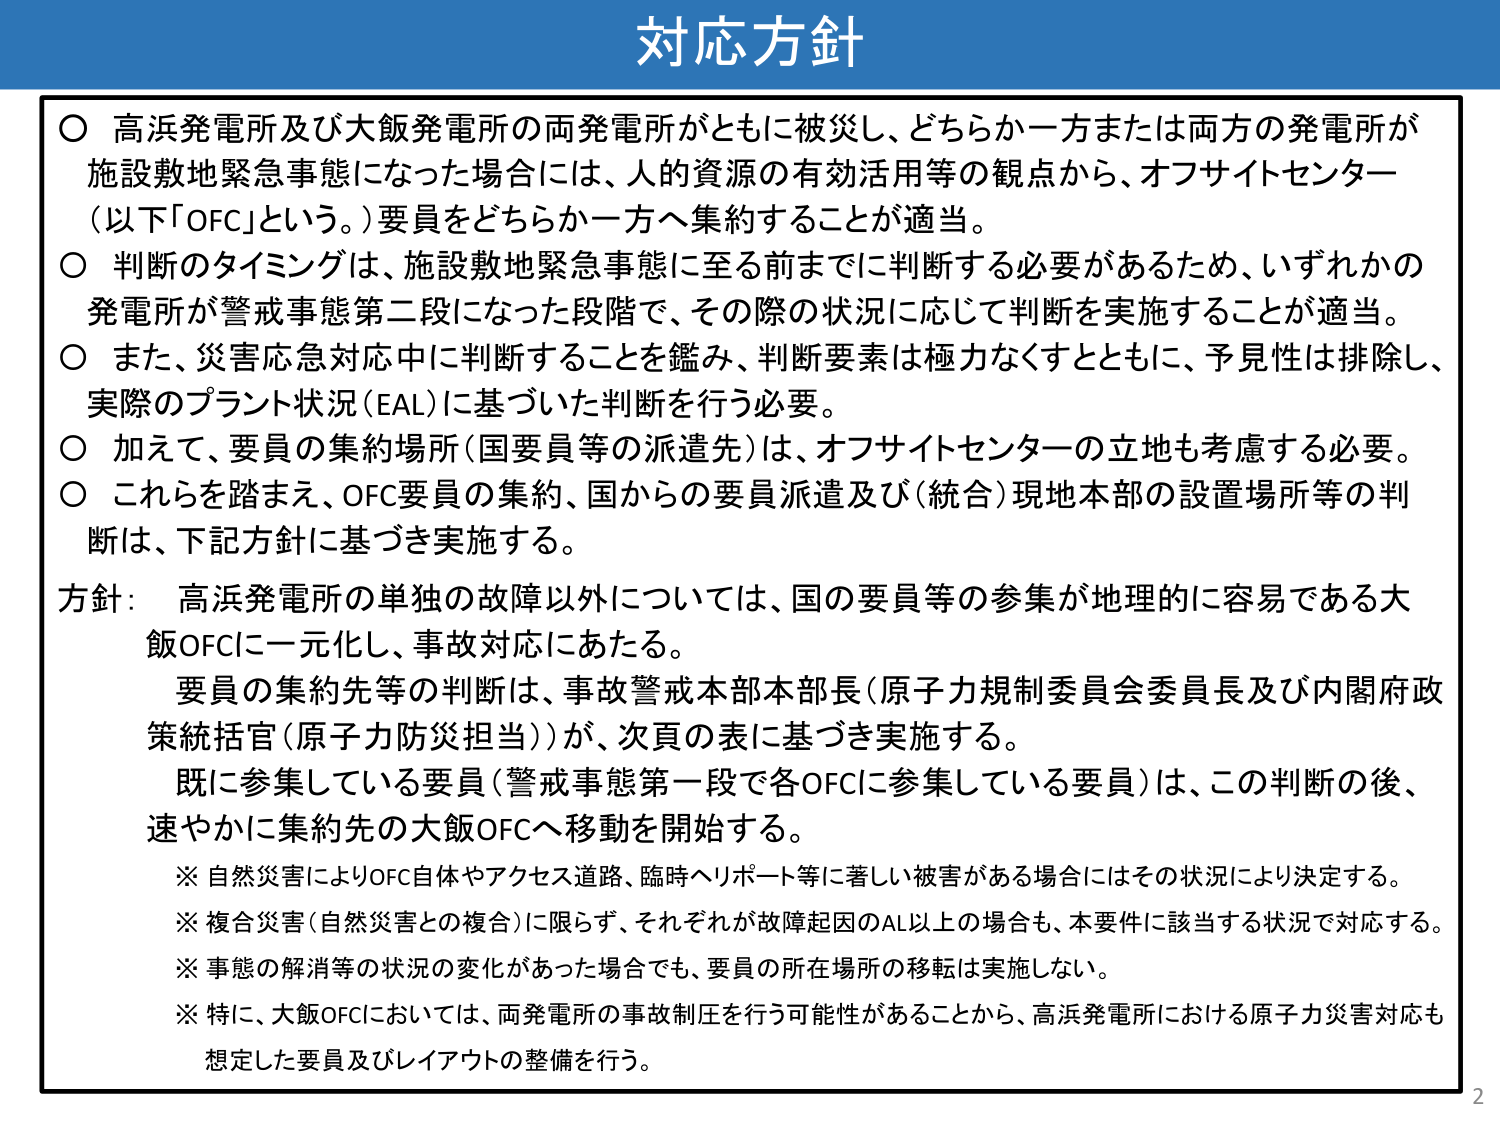
対応方針

○ 高浜発電所及び大飯発電所の両発電所がともに被災し、どちらか一方または両方の発電所が施設敷地緊急事態になった場合には、人的資源の有効活用等の観点から、オフサイトセンター（以下「OFC」という。）要員をどちらか一方へ集約することが適当。

○ 判断のタイミングは、施設敷地緊急事態に至る前までに判断する必要があるため、いずれかの発電所が警戒事態第二段になった段階で、その際の状況に応じて判断を実施することが適当。

○ また、災害応急対応中に判断することを鑑み、判断要素は極力なくすとともに、予見性は排除し、実際のプラント状況（EAL）に基づいた判断を行う必要。

○ 加えて、要員の集約場所（国要員等の派遣先）は、オフサイトセンターの立地も考慮する必要。

○ これらを踏まえ、OFC要員の集約、国からの要員派遣及び（統合）現地本部の設置場所等の判断は、下記方針に基づき実施する。

方針： 高浜発電所の単独の故障以外については、国の要員等の参集が地理的に容易である大飯OFCに一元化し、事故対応にあたる。

　　要員の集約先等の判断は、事故警戒本部本部長（原子力規制委員会委員長及び内閣府政策統括官（原子力防災担当））が、次頁の表に基づき実施する。

　　既に参集している要員（警戒事態第一段で各OFCに参集している要員）は、この判断の後、速やかに集約先の大飯OFCへ移動を開始する。

※ 自然災害によりOFC自体やアクセス道路、臨時ヘリポート等に著しい被害がある場合にはその状況により決定する。

※ 複合災害（自然災害との複合）に限らず、それぞれが故障起因のAL以上の場合も、本要件に該当する状況で対応する。

※ 事態の解消等の状況の変化があった場合でも、要員の所在場所の移転は実施しない。

※ 特に、大飯OFCにおいては、両発電所の事故制圧を行う可能性があることから、高浜発電所における原子力災害対応も想定した要員及びレイアウトの整備を行う。

2